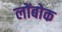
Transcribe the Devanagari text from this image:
लोंबोक